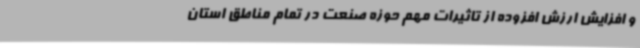
و افزایش ارزش افزوده از تاثیرات مهم حوزه صنعت در تمام مناطق استان